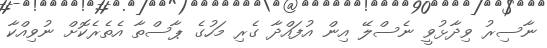
ނާސިރު ވިދާޅުވީ ނެސްލޭ އިން އުފައްދާ ގެރި މަހުގެ ޕާސްތާ އެތެރެކޮށް ނުވިއްކާ